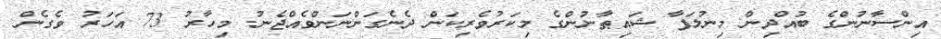
އިންސާނުންގެ ބުއްދިން މިނުލަފާ ޝައިޠާނުންގެ މިކަރުވެރިކަން ދެނެގަންނަންވެއްޖެނު. މިހާރު 73 އަހަރު ވެގެން